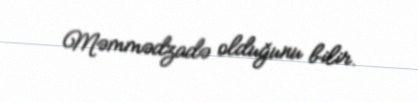
Məmmədzadə olduğunu bilir.